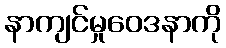
နာကျင်မှုဝေဒနာကို